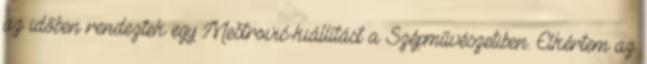
az időben rendeztek egy Meštrović-kiállítást a Szépművészetiben. Elkértem az